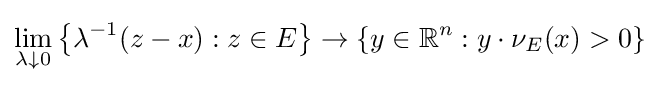
\lim _{\lambda \downarrow 0}\left\{\lambda ^{-1}(z-x):z\in E\right\}\to \left\{y\in \mathbb {R} ^{n}:y\cdot \nu _{E}(x)>0\right\}